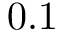
0 . 1